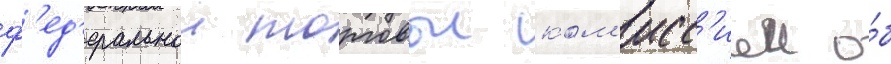
ф'ед'еральнои торговои ком'исс'иеи о́б